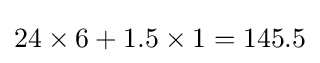
24\times 6+1.5\times 1=145.5